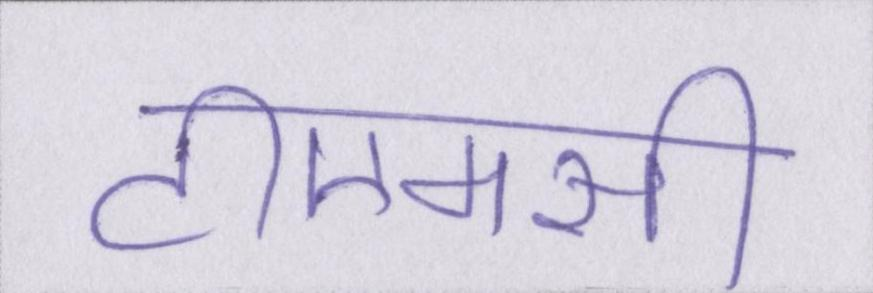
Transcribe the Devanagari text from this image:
टीएमसी